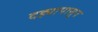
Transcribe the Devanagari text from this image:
दह्यापासुन